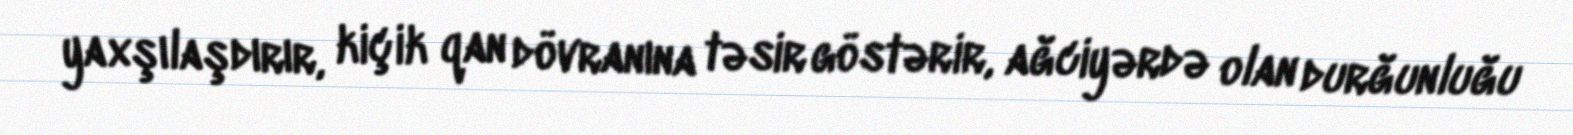
yaxşılaşdırır, kiçik qan dövranına təsir göstərir, ağciyərdə olan durğunluğu